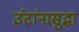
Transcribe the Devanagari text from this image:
उंटांनासुद्धा